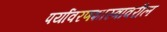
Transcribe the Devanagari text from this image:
पर्यावरणशास्त्रावरील